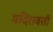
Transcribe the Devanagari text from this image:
मदिरावती